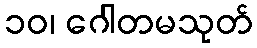
၁၀၊ ဂေါတမသုတ်